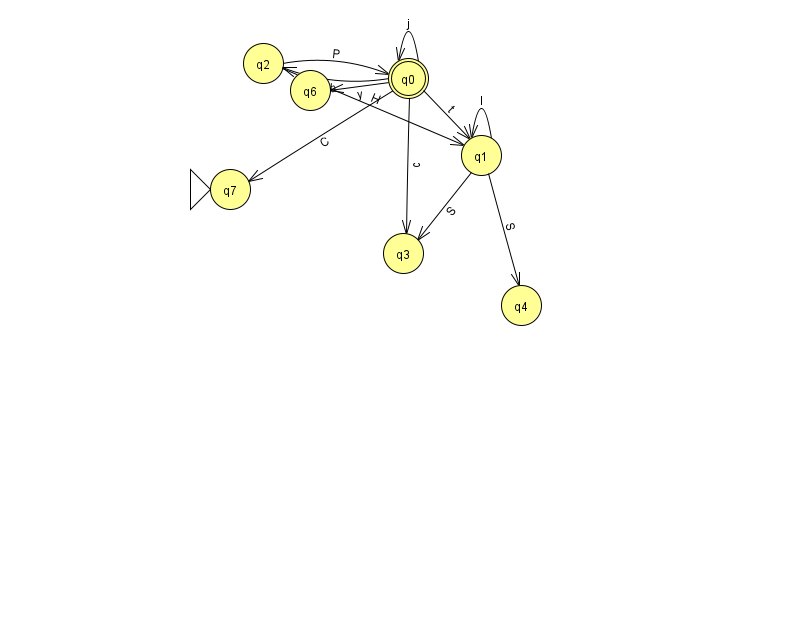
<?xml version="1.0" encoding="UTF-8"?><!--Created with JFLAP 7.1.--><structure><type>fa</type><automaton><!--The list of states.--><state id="0" name="q0"><x>408.0</x><y>65.0</y><final/></state><state id="1" name="q1"><x>481.0</x><y>142.0</y></state><state id="2" name="q2"><x>263.0</x><y>50.0</y></state><state id="3" name="q3"><x>403.0</x><y>240.0</y></state><state id="4" name="q4"><x>521.0</x><y>292.0</y></state><state id="6" name="q6"><x>310.0</x><y>77.0</y></state><state id="7" name="q7"><x>230.0</x><y>176.0</y><initial/></state><!--The list of transitions.--><transition><from>0</from><to>1</to><read>t</read></transition><transition><from>2</from><to>1</to><read>H</read></transition><transition><from>1</from><to>3</to><read>S</read></transition><transition><from>1</from><to>4</to><read>S</read></transition><transition><from>0</from><to>3</to><read>c</read></transition><transition><from>1</from><to>1</to><read>I</read></transition><transition><from>0</from><to>0</to><read>j</read></transition><transition><from>0</from><to>6</to><read>y</read></transition><transition><from>0</from><to>7</to><read>C</read></transition><transition><from>2</from><to>0</to><read>P</read></transition><transition><from>0</from><to>2</to><read>b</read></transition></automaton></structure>